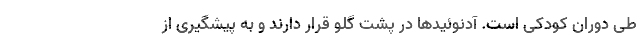
طی دوران کودکی است. آدنوئیدها در پشت گلو قرار دارند و به پیشگیری از